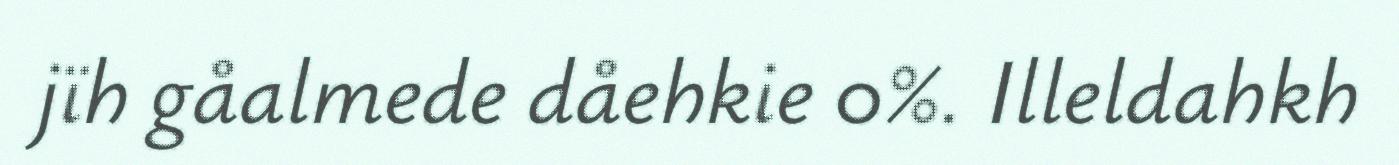
jïh gåalmede dåehkie 0%. Illeldahkh